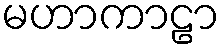
မဟာကာဠာ